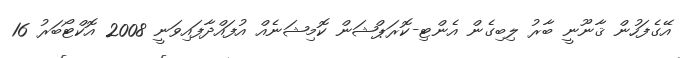
އޭގެފަހުން ޤާނޫނީ ބާރު ލިބިގެން އެންޓި-ކޮރަޕްޝަން ކޮމިޝަނެއް އުފައްދާފައިވަނީ 2008 އޮކްޓޯބަރު 16